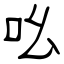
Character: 吆